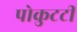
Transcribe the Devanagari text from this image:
पोकुटटी